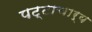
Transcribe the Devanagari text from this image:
पट्टाचार्य